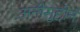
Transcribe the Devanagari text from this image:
अनीसुद्दीन